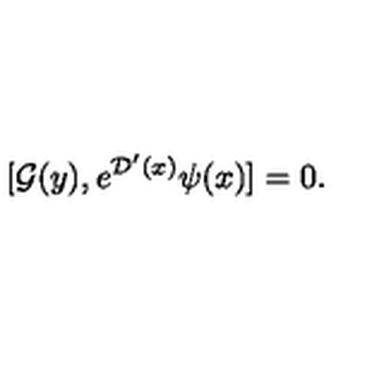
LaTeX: [ { \cal G } ( { y } ) , e ^ { { \cal D } ^ { \prime } ( x ) } \psi ( x ) ] = 0 .